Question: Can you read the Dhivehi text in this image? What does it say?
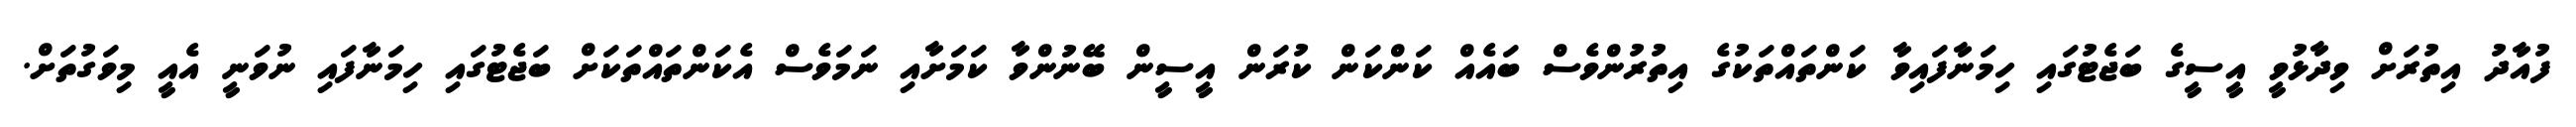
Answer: ފުއާދު އިތުރަށް ވިދާޅުވީ އީސީގެ ބަޖެޓުގައި ހިމަނާފައިވާ ކަންތައްތަކުގެ އިތުރުންވެސް ބައެއް ކަންކަން ކުރަން އީސީން ބޭނުންވާ ކަމަށާއި ނަމަވެސް އެކަންތައްތަކަށް ބަޖެޓުގައި ހިމަނާފައި ނުވަނީ އެއީ މިވަގުތަށް.